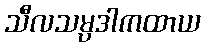
သီလသမ္ပဒါကထာယ